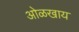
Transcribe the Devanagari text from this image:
ओळखाय